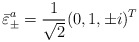
\begin{align*}\bar{\varepsilon}^{a}_\pm = \frac{1}{\sqrt 2} (0, 1, \pm i)^T\end{align*}